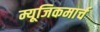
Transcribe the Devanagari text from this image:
म्यूजिकमार्च